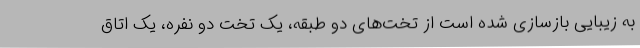
به زیبایی بازسازی شده است از تخت‌های دو طبقه، یک تخت دو نفره، یک اتاق